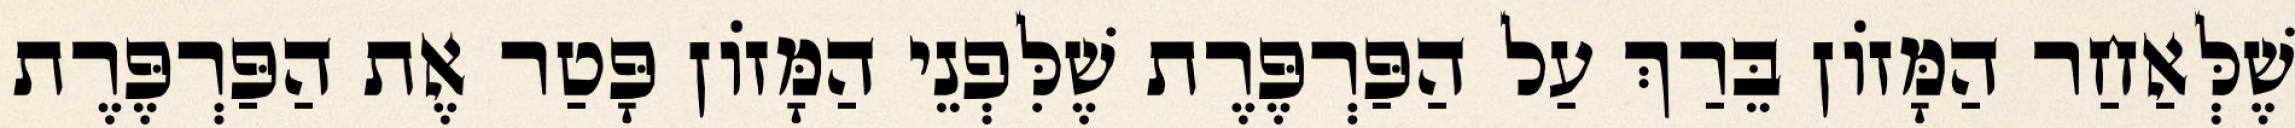
שֶׁלְּאַחַר הַמָּזוֹן בֵּרַךְ עַל הַפַּרְפֶּרֶת שֶׁלִּפְנֵי הַמָּזוֹן פָּטַר אֶת הַפַּרְפֶּרֶת